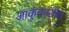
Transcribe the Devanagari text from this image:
आकुंचनशील